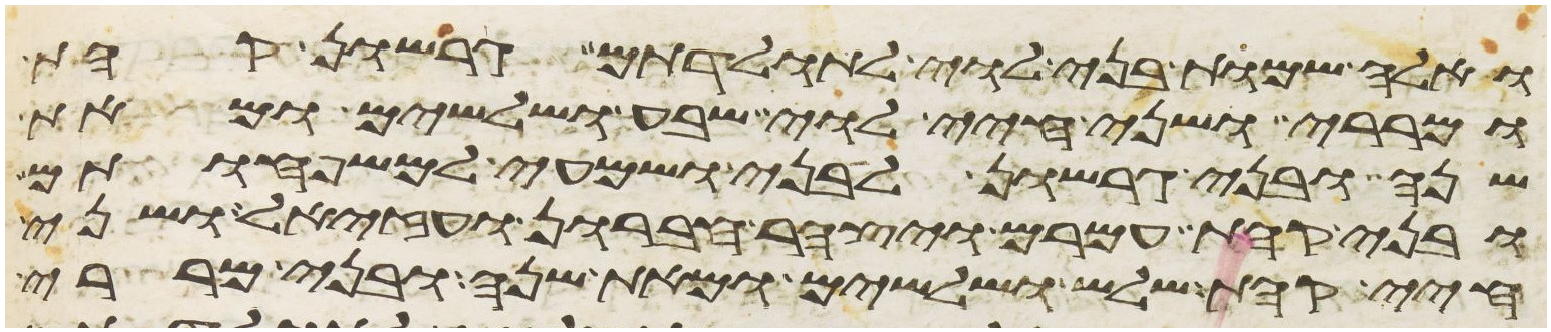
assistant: ואלה שמות בני לוי לתולדתם גרשון קהת
ומררי ושני חיי לוי שבע ושלשים ומאת
שנה ובני גרשון לבני ושמעי למשפחותם
ובני קהת עמרם ויצהר חברון ועזיאל ושני
חיי קהת שלש ושלשים ומאת שנה ובני מררי